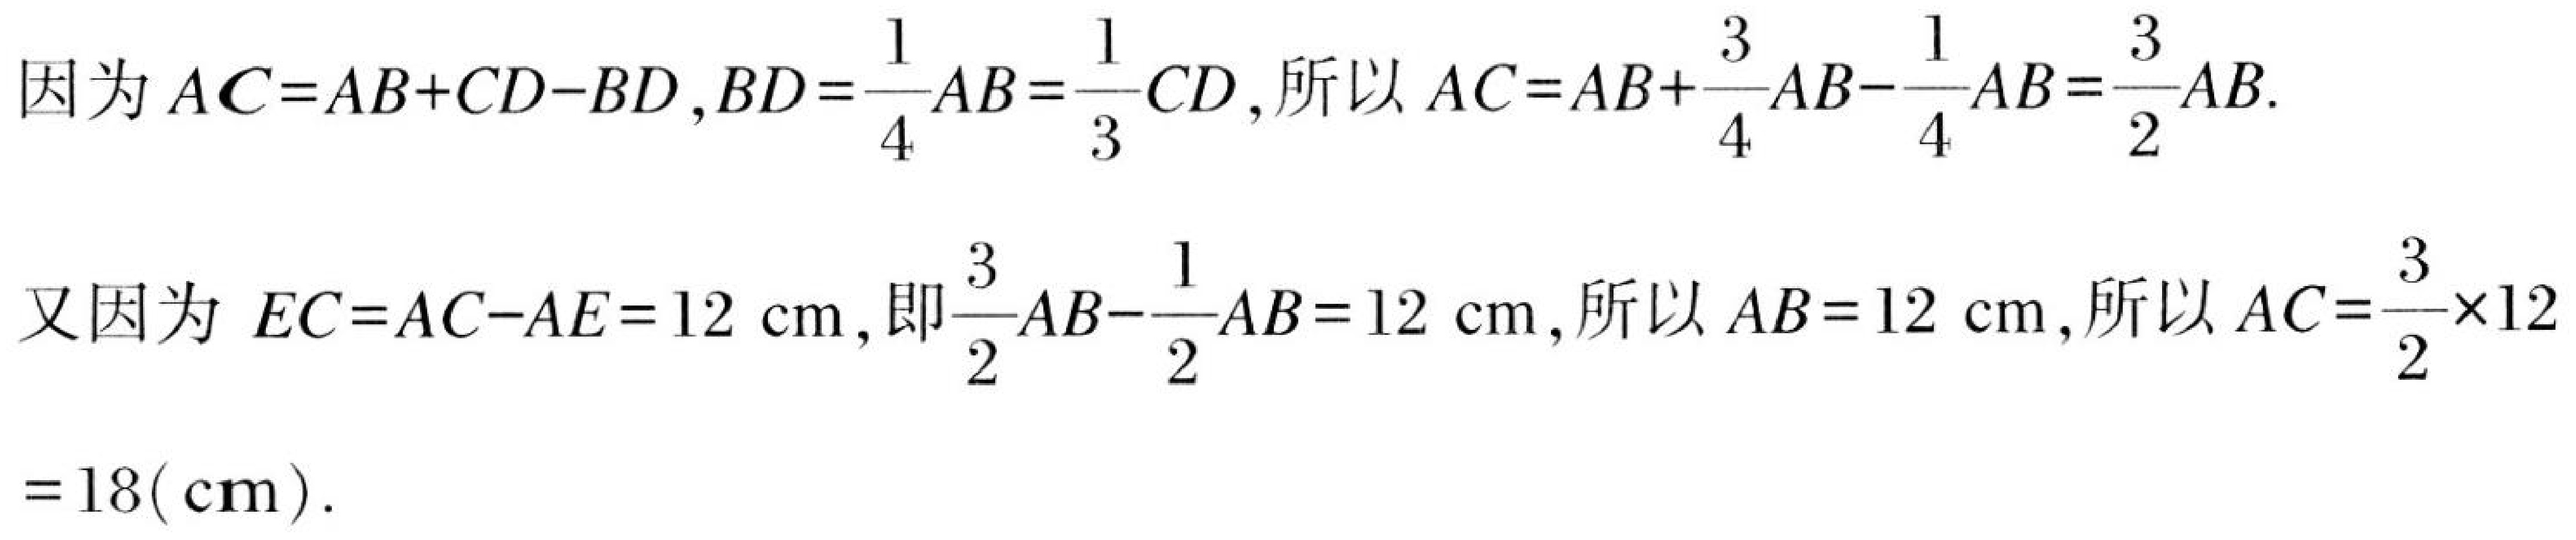
因为$AC = AB + CD - BD,BD=\frac{1}{4}AB=\frac{1}{3}CD$,所以$AC = AB+\frac{3}{4}AB-\frac{1}{4}AB=\frac{3}{2}AB$.
又因为$EC = AC - AE = 12\mathrm{cm}$,即$\frac{3}{2}AB-\frac{1}{2}AB = 12\mathrm{cm}$,所以$AB = 12\mathrm{cm}$,所以$AC=\frac{3}{2}\times12 = 18(\mathrm{cm})$.